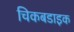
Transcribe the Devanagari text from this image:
चिकबडाइक